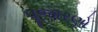
પૂજારણો